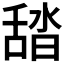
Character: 𦧟